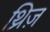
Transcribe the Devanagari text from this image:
थ्रिज़